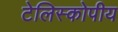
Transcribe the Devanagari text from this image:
टेलिस्कोपीय